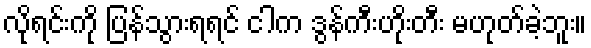
လိုရင်းကို ပြန်သွားရရင် ငါက ဒွန်ကီးဟိုးတီး မဟုတ်ခဲ့ဘူး။